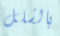
بالشلل